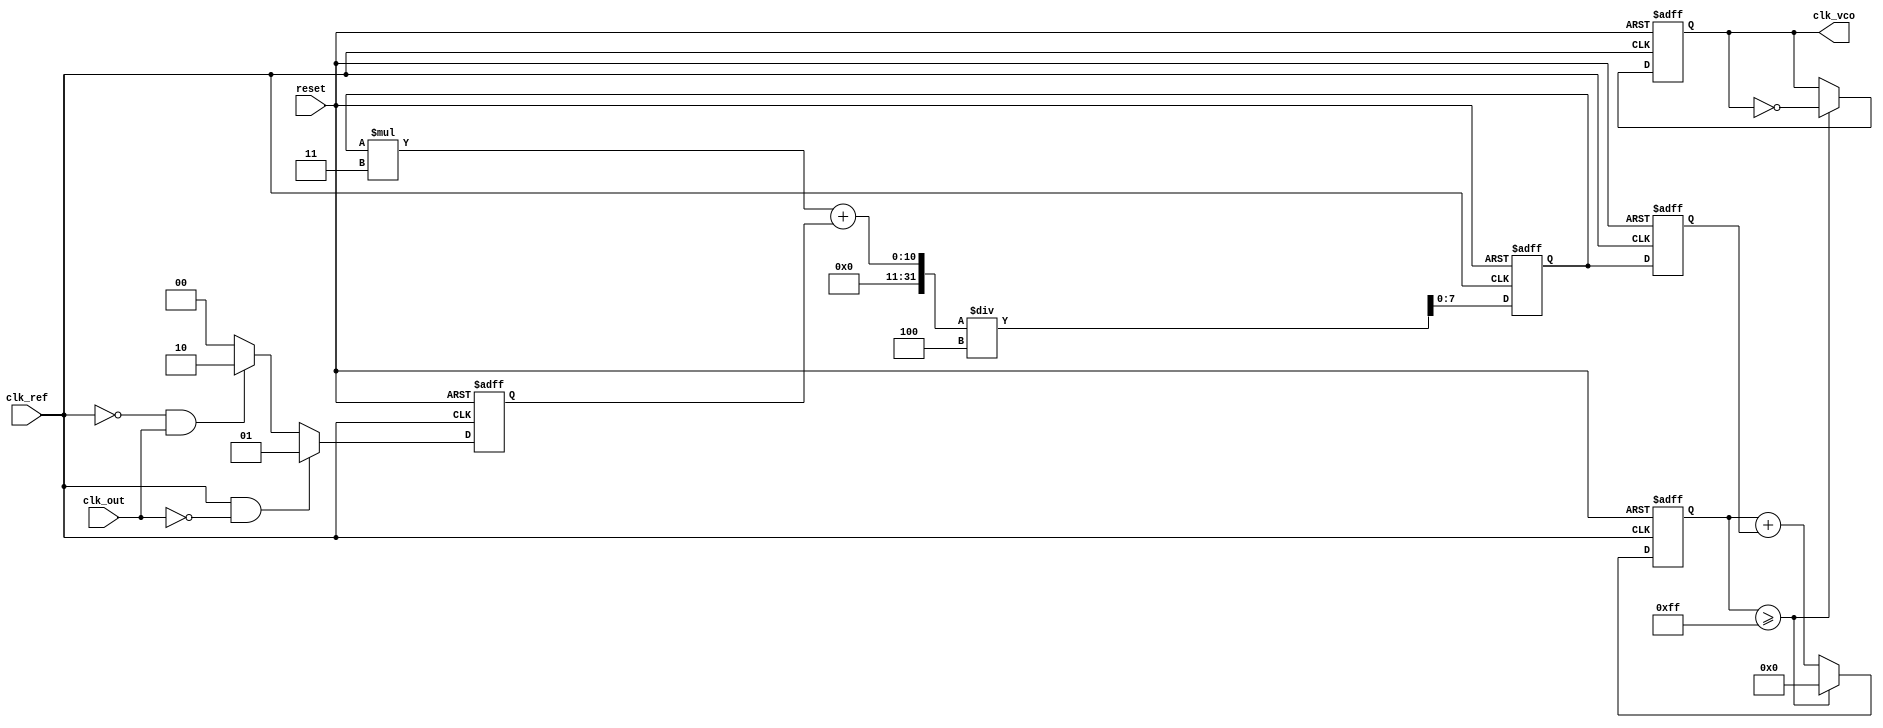
module PLL (
    input wire clk_ref,         // Reference clock
    input wire clk_out,         // Output clock
    output reg clk_vco,         // VCO output clock
    input wire reset            // Asynchronous reset
);

    // Parameters
    parameter MEMORY_SIZE = 8;  // Size of the memory block for phase errors
    parameter FILTER_COEFF = 4;  // Coefficient for loop filter (for simplicity)

    // Phase Detector
    reg [1:0] phase_error;       // Phase error signal
    reg [MEMORY_SIZE-1:0] phase_memory; // Memory for phase errors
    integer mem_index;           // Index for memory

    // Loop Filter
    reg [7:0] control_voltage;    // Control voltage for VCO
    reg [7:0] filtered_voltage;    // Filtered control voltage

    // Voltage-Controlled Oscillator (VCO)
    reg [7:0] vco_counter;        // VCO counter for clock generation

    // Phase Detector Logic
    always @(posedge clk_ref or posedge reset) begin
        if (reset) begin
            phase_error <= 2'b00;
        end else begin
            // Simple phase detection logic
            if (clk_ref && !clk_out) begin
                phase_error <= 2'b01; // Reference leads output
            end else if (!clk_ref && clk_out) begin
                phase_error <= 2'b10; // Output leads reference
            end else begin
                phase_error <= 2'b00; // In phase
            end
        end
    end

    // Memory Block for Phase Errors
    always @(posedge clk_ref or posedge reset) begin
        if (reset) begin
            phase_memory <= 0;
            mem_index <= 0;
        end else begin
            // Store phase error in memory
            phase_memory[mem_index] <= phase_error;
            mem_index <= (mem_index + 1) % MEMORY_SIZE; // Circular buffer
        end
    end

    // Loop Filter Logic
    always @(posedge clk_ref or posedge reset) begin
        if (reset) begin
            control_voltage <= 0;
            filtered_voltage <= 0;
        end else begin
            // Simple low-pass filtering
            filtered_voltage <= (filtered_voltage * (FILTER_COEFF - 1) + phase_error) / FILTER_COEFF;
            control_voltage <= filtered_voltage;
        end
    end

    // VCO Logic
    always @(posedge clk_ref or posedge reset) begin
        if (reset) begin
            vco_counter <= 0;
            clk_vco <= 0;
        end else begin
            // Adjust frequency based on control voltage
            vco_counter <= vco_counter + control_voltage;
            if (vco_counter >= 255) begin // Arbitrary threshold for clock generation
                clk_vco <= ~clk_vco; // Toggle VCO output clock
                vco_counter <= 0;
            end
        end
    end

endmodule